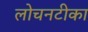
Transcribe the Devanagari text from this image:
लोचनटीका